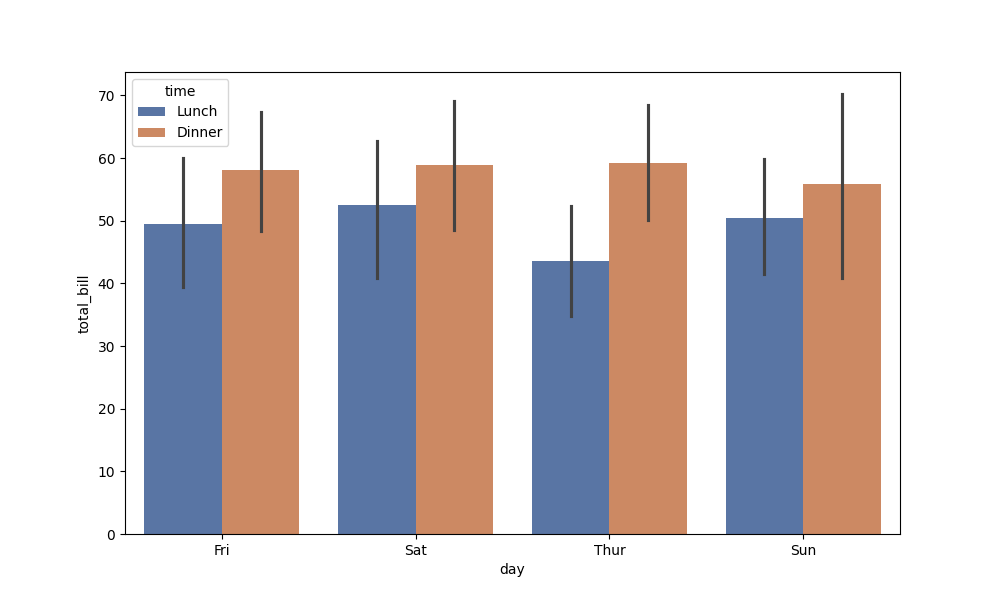
python, seaborn, barplot, hue='time', palette='deep', ci=95, orient='v'